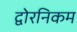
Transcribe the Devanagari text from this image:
द्वोरनिकम